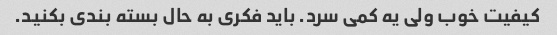
کیفیت خوب ولی یه کمی سرد. باید فکری به حال بسته بندی بکنید.